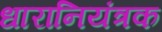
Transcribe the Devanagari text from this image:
धारानियंत्रक